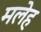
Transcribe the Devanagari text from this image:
मलेह